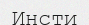
Инсти